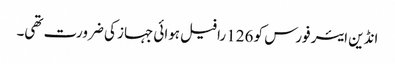
انڈین ایئر فورس کو 126 رافیل ہوائی جہاز کی ضرورت تھی۔